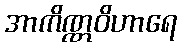
အာကိဏ္ဏဝိဟာရေ